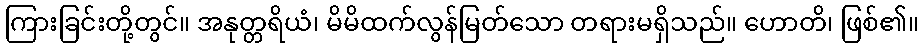
ကြားခြင်းတို့တွင်။ အနုတ္တရိယံ၊ မိမိထက်လွန်မြတ်သော တရားမရှိသည်။ ဟောတိ၊ ဖြစ်၏။